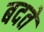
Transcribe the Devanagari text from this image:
बदते